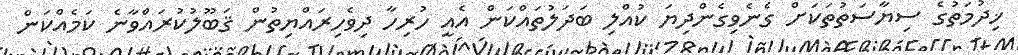
ޚިދުމަތުގެ ސިޔާސަތުތަކަށް ގެނެވިގެންދިޔަ ކުއްލި ބަދަލުތައްކަން އެއީ ހުރިހާ ދިވެހިރައްޔިތުން ޤަބޫލުކުރައްވާނެ ކަމެއްކަން